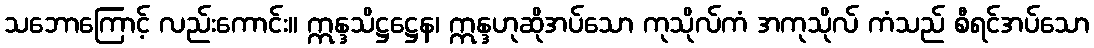
သဘောကြောင့် လည်းကောင်း။ ဣန္ဒသိဋ္ဌဋ္ဌေန၊ ဣန္ဒဟုဆိုအပ်သော ကုသိုလ်ကံ အကုသိုလ် ကံသည် စီရင်အပ်သော